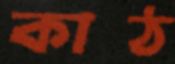
কাঠ